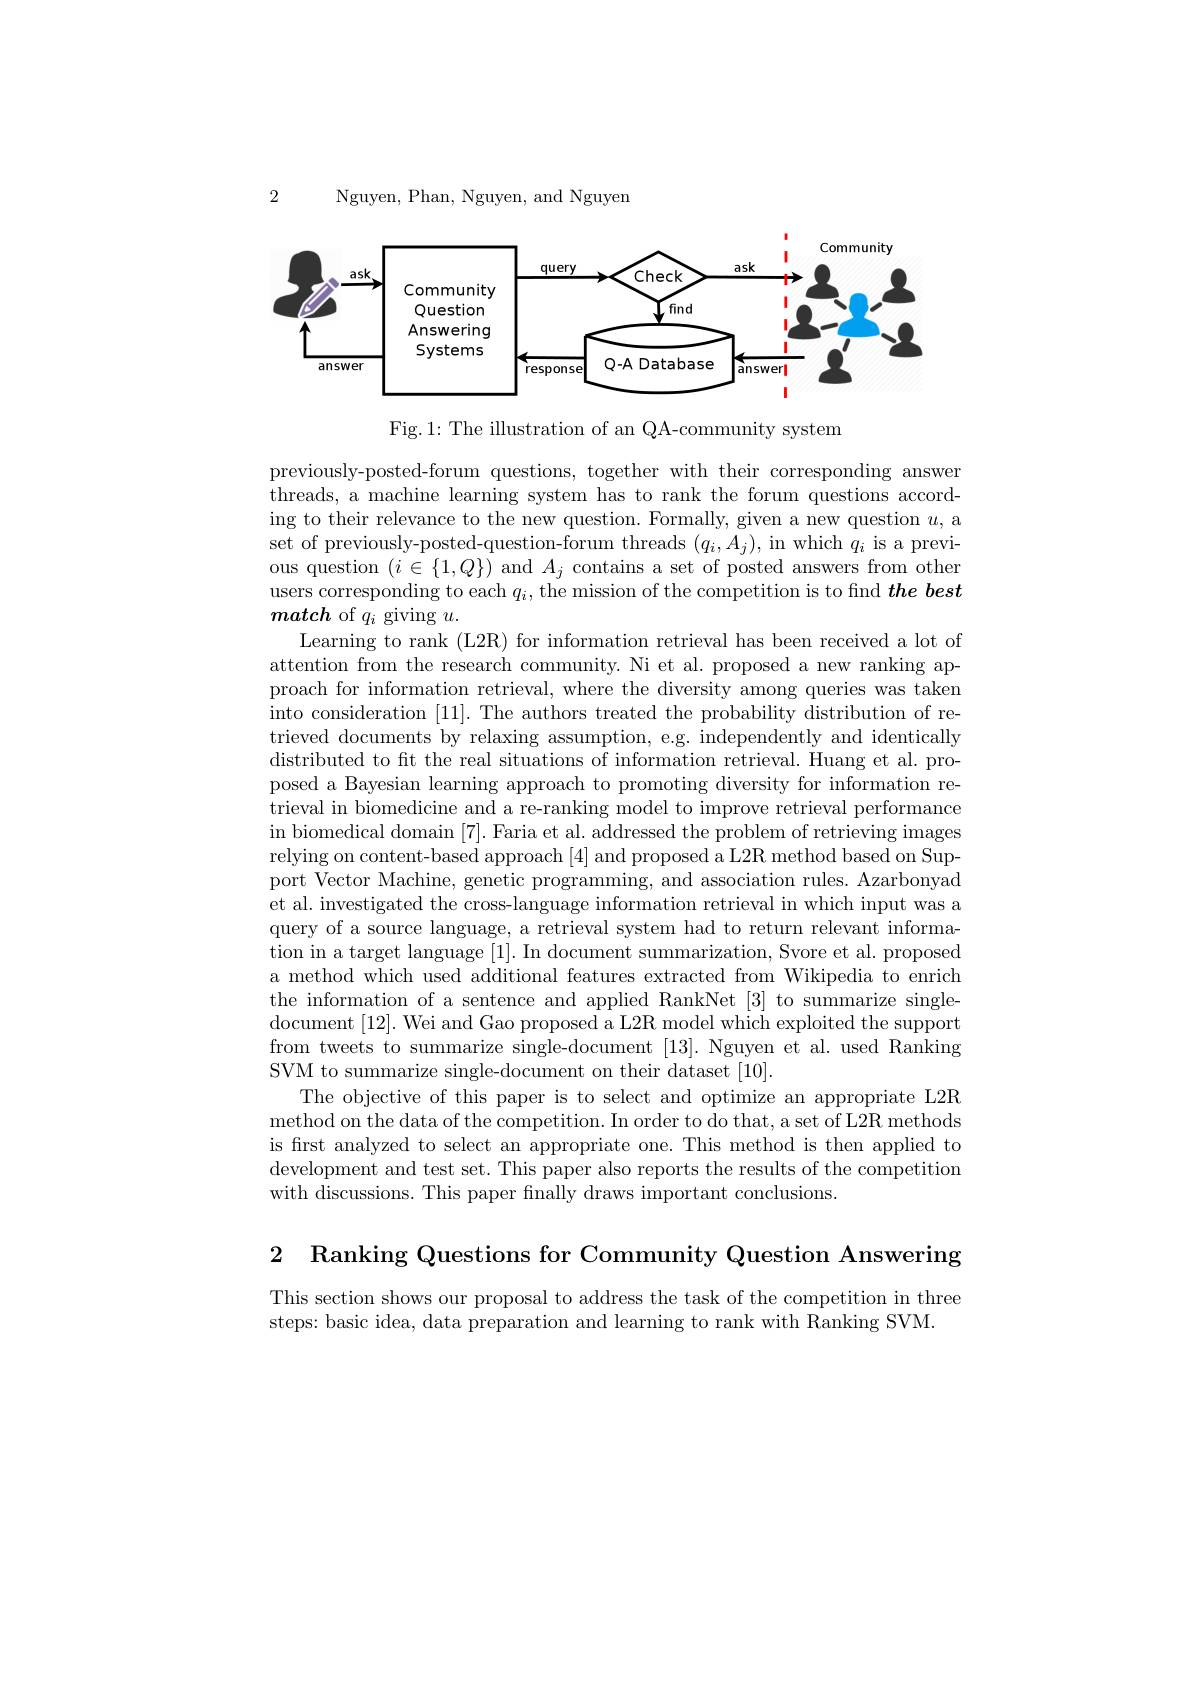
2

Nguyen, Phan, Nguyen, and Nguyen

<FigureHere>

Fig.1: The illustration of an QA-community system

previously-posted-forum questions, together with their corresponding answer threads, a machine learning system has to rank the forum questions according to their relevance to the new question. Formally, given a new question $u$, a set of previously-posted-question-forum threads $(q_i,A_j)$, in which $q_i$ is a previous question $(i\in\{1,Q\})$ and $A_j$ contains a set of posted answers from other users corresponding to each $q_i$,the mission of the competition is to find $the\textit{best}$ match of $q_i$ giving $u.$
Learning to rank (L2R) for information retrieval has been received a lot of attention from the research community. Ni et al. proposed a new ranking approach for information retrieval, where the diversity among queries was taken into consideration |11|. The authors treated the probability distribution of retrieved documents by relaxing assumption, e.g. independently and identically distributed to ft the real situations of information retrieval. Huang et al. proposed a Bayesian learning approach to promoting diversity for information retrieval in biomedicine and a re-ranking model to improve retrieval performance in biomedical domain [7]. Faria et al. addressed the problem of retrieving images relying on content-based approach [4] and proposed a L2R method based on Support Vector Machine, genetic programming, and association rules. Azarbonyad et al. investigated the cross-language information retrieval in which input was a query of a source language, a retrieval system had to return relevant information in a target language [1]. In document summarization, Svore et al. proposed a method which used additional features extracted from Wikipedia to enrich the information of a sentence and applied RankNet [3] to summarize singledocument [12]. Wei and Gao proposed a L2R model which exploited the support from tweets to summarize single-document [13]. Nguyen et al. used Ranking SVM to summarize single-document on their dataset [10].
The objective of this paper is to select and optimize an appropriate L2R method on the data of the competition. In order to do that, a set of L2R methods is first analyzed to select an appropriate one. This method is then applied to development and test set. This paper also reports the results of the competition with discussions. This paper fnally draws important conclusions.

2 Ranking Questions for Community Question Answering

This section shows our proposal to address the task of the competition in three
steps: basic idea, data preparation and learning to rank with Ranking SVM.